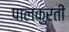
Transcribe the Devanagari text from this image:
पालकुरती